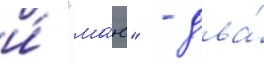
и́ "ма́ю" - два́